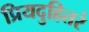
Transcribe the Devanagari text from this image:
प्रियदुहितरं